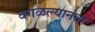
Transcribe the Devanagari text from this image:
वगळल्यानंतर